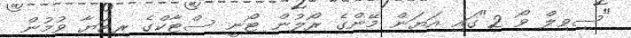
"ސިވިލް ވޯ 2"ގައި އަޔަން މޭންގެ ރޯލުން ޓޯނީ ސްޓާކްގެ ރިޓަޔާ ވުމުން